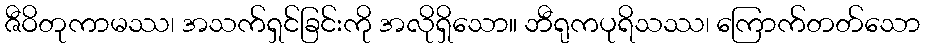
ဇီဝိတုကာမဿ၊ အသက်ရှင်ခြင်းကို အလိုရှိသော။ ဘီရုကပုရိသဿ၊ ကြောက်တတ်သော